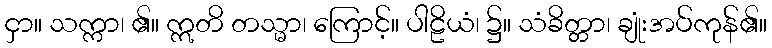
ငှာ။ သက္ကာ၊ ၏။ ဣတိ တသ္မာ၊ ကြောင့်။ ပါဠိယံ၊ ၌။ သံခိတ္တာ၊ ချုံးအပ်ကုန်၏။